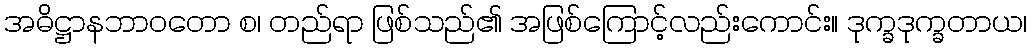
အဓိဋ္ဌာနဘာဝတော စ၊ တည်ရာ ဖြစ်သည်၏ အဖြစ်ကြောင့်လည်းကောင်း။ ဒုက္ခဒုက္ခတာယ၊